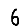
Digit: 6